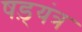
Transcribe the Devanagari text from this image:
षड़्यंत्र